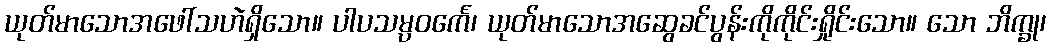
ယုတ်မာသောအဖေါ်သဟဲရှိသော။ ပါပသမ္ပဝင်္ကေ၊ ယုတ်မာသောအဆွေခင်ပွန်းကိုကိုင်းရှိုင်းသော။ သော ဘိက္ခု၊